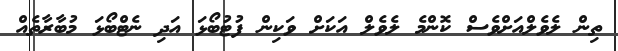
ތިން ލެވެލްއަށްވެސް ކޮންމެ ލެވެލް އަކަށް ވަކިން ފުޓުބޯޅަ އަދި ނެޓްބޯޅަ މުބާރާތެއް